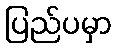
ပြည်ပမှာ